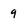
Character: 9